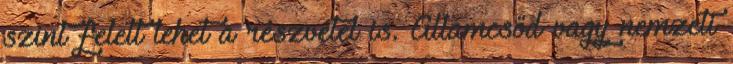
szint felett lehet a részvétel is. Államcsőd vagy nemzeti